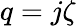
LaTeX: q=j\zeta